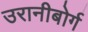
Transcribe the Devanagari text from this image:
उरानीबोर्ग